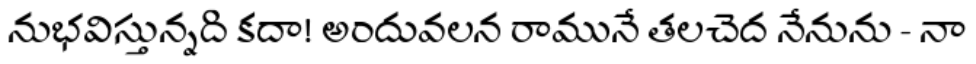
నుభవిస్తున్నది కదా! అందువలన రామునే తలచెద నేనును - నా